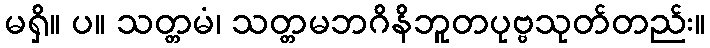
မရှိ။ ပ။ သတ္တမံ၊ သတ္တမဘဂိနိဘူတပုဗ္ဗသုတ်တည်း။